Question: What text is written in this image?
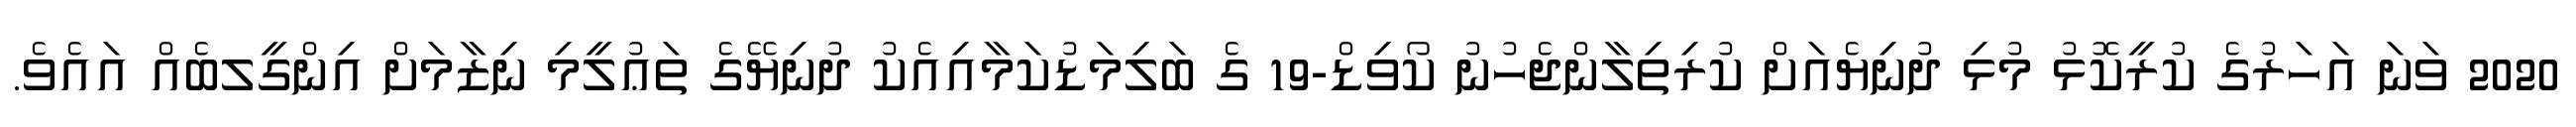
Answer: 2020 ވަނަ އަހަރުގެ ކުރީކޮޅު މުޅި ދުނިޔެއަށް ކުރިތިލާންޖެހުނު ކޯވިޑް-19 ގެ ބަލިމަޑުކަމާއިއެކު ދުނިޔޭގެ ތަޢުލީމި ނިޒާމަށް އިންގީލބެއް އައެވެ.